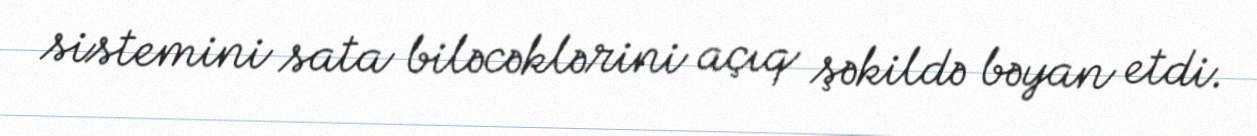
sistemini sata biləcəklərini açıq şəkildə bəyan etdi.